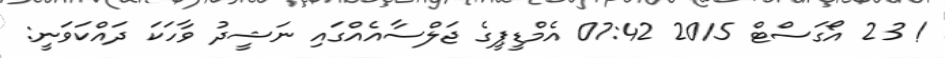
! 23 އޯގަސްޓް 2015 07:42 އެމްޑީޕީގެ ޖަލްސާއެއްގައި ނަޝީދު ވާހަކަ ދައްކަވަނީ: